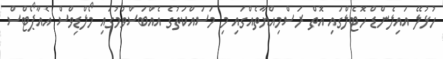
ހުޅުލޭ އައިލެންޑް ހޮޓެލްގައި އޮތް ރަސްމިއްޔާތެއްގައި މި މަސައްކަތުގެ އެއްބަސްވުމުގައި މޯލްޑިވްސް އެއާޕޯޓްސް